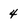
Character: 4